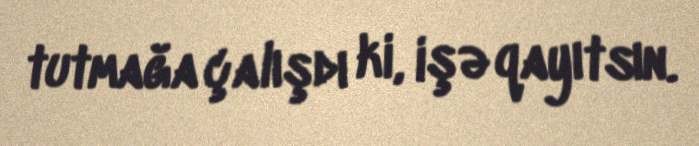
tutmağa çalışdı ki, işə qayıtsın.